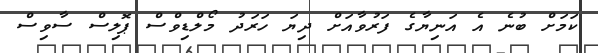
ކަމަށް ބުނެ އެ އަނިޔާގެ ފަރުވާއަށް ދިޔަ ހަރަދު މޯލްޑިވްސް ޕޮލިސް ސާވިސް